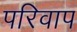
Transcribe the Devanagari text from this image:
परिवाप